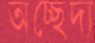
অচ্ছেদ্য